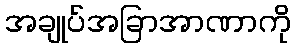
အချုပ်အခြာအာဏာကို